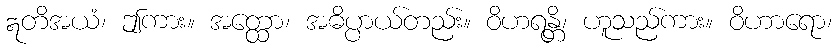
ဣတိအယံ၊ ဤကား။ အတ္ထော၊ အဓိပ္ပာယ်တည်း။ ဝိဟရန္တိ၊ ဟူသည်ကား။ ဝိဟာရော၊